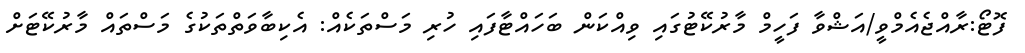
ފޮޓޯ:ރާއްޖެއެމްވީ/އަޝްވާ ފަހީމް މާރުކޭޓުގައި ވިއްކަން ބަހައްޓާފައި ހުރި މަސްތަކެއް: އެކިބާވަތްތަކުގެ މަސްތައް މާރުކޭޓަށް